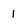
Character: 1